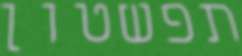
תפשטון